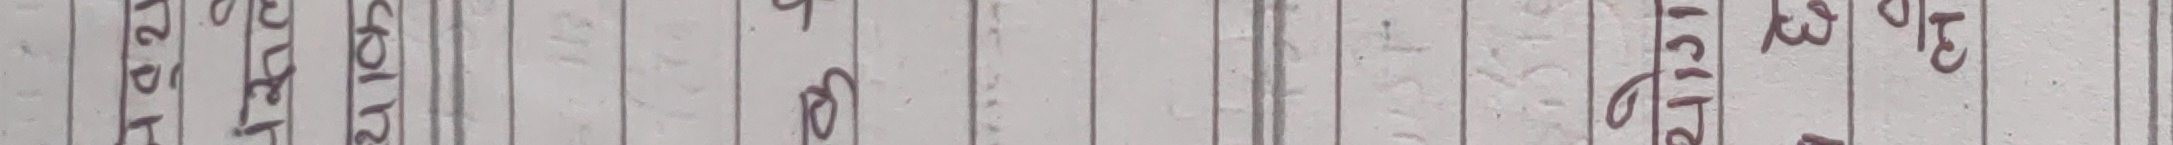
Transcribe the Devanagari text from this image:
यिस्ता होला ह ह